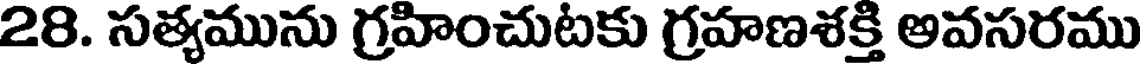
28. సత్యమును గ్రహించుటకు గ్రహణశక్తి అవసరము